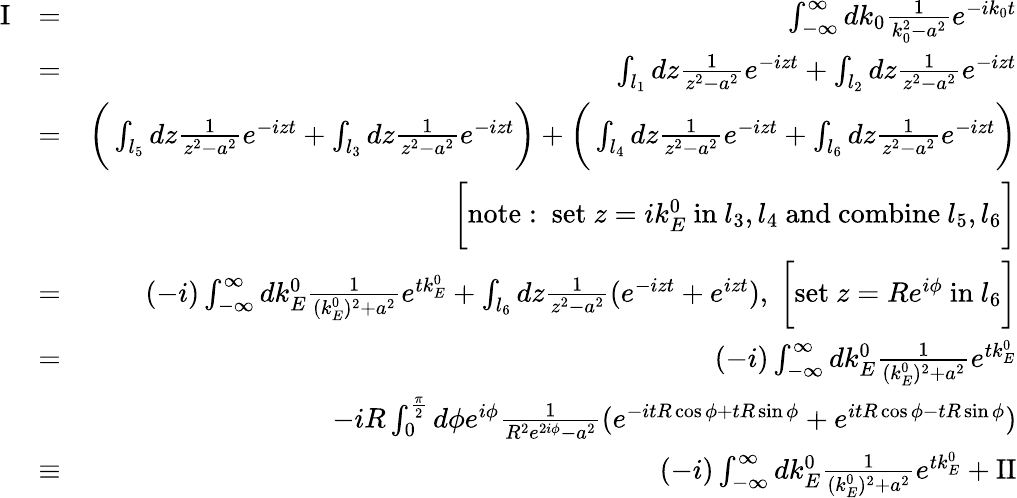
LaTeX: \begin{array}{rlr}{\mathrm{I}}&{=}&{\int_{-\infty}^{\infty}dk_{0}\frac{1}{k_{0}^{2}-a^{2}}e^{-ik_{0}t}}\\ &{=}&{\int_{l_{1}}dz\frac{1}{z^{2}-a^{2}}e^{-izt}+\int_{l_{2}}dz\frac{1}{z^{2}-a^{2}}e^{-izt}}\\ &{=}&{\bigg(\int_{l_{5}}dz\frac{1}{z^{2}-a^{2}}e^{-izt}+\int_{l_{3}}dz\frac{1}{z^{2}-a^{2}}e^{-izt}\bigg)+\bigg(\int_{l_{4}}dz\frac{1}{z^{2}-a^{2}}e^{-izt}+\int_{l_{6}}dz\frac{1}{z^{2}-a^{2}}e^{-izt}\bigg)}\\ &{}&{\bigg[\mathrm{note:~set~}z=ik_{E}^{0}\mathrm{~in~}l_{3},l_{4}\mathrm{~and~combine~}l_{5},l_{6}\bigg]}\\ &{=}&{(-i)\int_{-\infty}^{\infty}dk_{E}^{0}\frac{1}{(k_{E}^{0})^{2}+a^{2}}e^{tk_{E}^{0}}+\int_{l_{6}}dz\frac{1}{z^{2}-a^{2}}(e^{-izt}+e^{izt}),\ \bigg[\mathrm{set~}z=Re^{i\phi}\mathrm{~in~}l_{6}\bigg]}\\ &{=}&{(-i)\int_{-\infty}^{\infty}dk_{E}^{0}\frac{1}{(k_{E}^{0})^{2}+a^{2}}e^{tk_{E}^{0}}}\\ &{}&{-iR\int_{0}^{\frac{\pi}{2}}d\phi e^{i\phi}\frac{1}{R^{2}e^{2i\phi}-a^{2}}(e^{-itR\cos\phi+tR\sin\phi}+e^{itR\cos\phi-tR\sin\phi})}\\ &{\equiv}&{(-i)\int_{-\infty}^{\infty}dk_{E}^{0}\frac{1}{(k_{E}^{0})^{2}+a^{2}}e^{tk_{E}^{0}}+\mathrm{II}}\end{array}